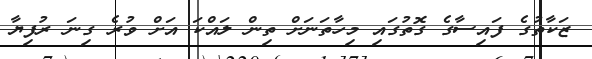
ޒަކާތުގެ ފައިސާގެ ގޮތުގައި މިހާތަނަށް ތިން ލައްކަ އަށް ވުރެ ގިނަ ރުފިޔާ